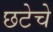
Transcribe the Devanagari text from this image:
छटेचे